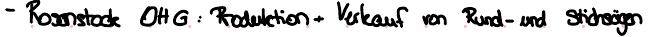
- Rosenstock OHG : Produktion + Verkauf von Rund- und Stichsägen